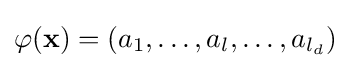
\varphi (\mathbf {x} )=\left(a_{1},\dots ,a_{l},\dots ,a_{l_{d}}\right)